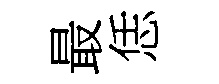
最恁